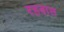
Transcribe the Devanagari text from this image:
रहबास